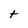
Character: t